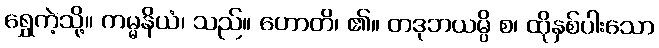
ရွှေကဲ့သို့။ ကမ္မနိယံ၊ သည်။ ဟောတိ၊ ၏။ တဒုဘယမ္ပိ စ၊ ထိုနှစ်ပါးသော